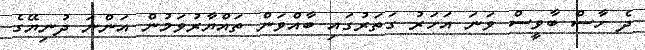
ދެ ހާސް ބާވީސް ވަނަ އަހަރު ގަތަރުގައި ބާއްވަން ތައްޔާރުވަމުން އަންނަ ދުނިޔޭގެ